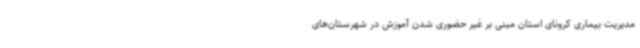
مدیریت بیماری کرونای استان مبنی بر غیر حضوری شدن آموزش در شهرستان‌های